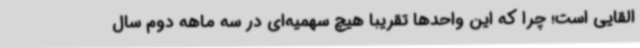
القایی است؛ چرا که این واحدها تقریبا هیچ سهمیه‌ای در سه ماهه دوم سال